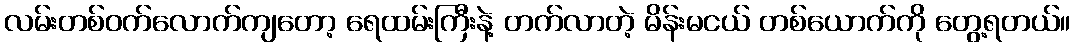
လမ်းတစ်ဝက်လောက်ကျတော့ ရေထမ်းကြီးနဲ့ တက်လာတဲ့ မိန်းမငယ် တစ်ယောက်ကို တွေ့ရတယ်။